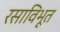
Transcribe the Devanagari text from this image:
रसाविभूत